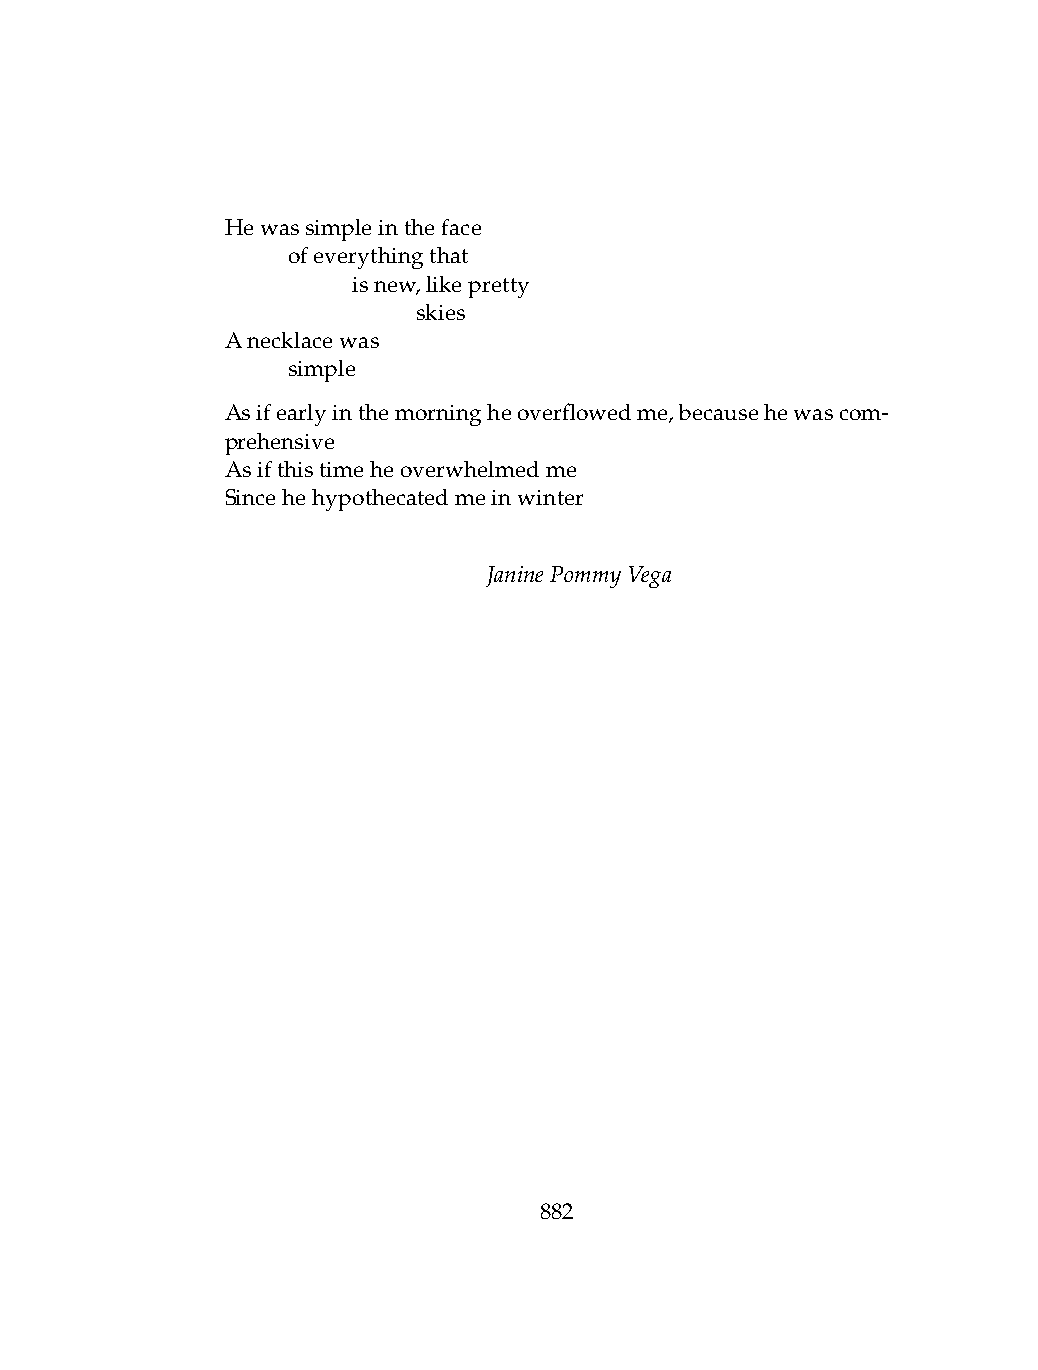
Hewassimpleintheface
 .   ofeverythingthat
 .   .   isnew,likepretty
 .   .   .    skies
 Anecklacewas
 .   simple
 Asifearlyinthemorningheoverflowedme,becausehewascom-
 prehensive
 Asifthistimeheoverwhelmedme
 Sincehehypothecatedmeinwinter
 JaninePommyVega
 882